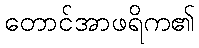
တောင်အာဖရိက၏